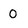
Character: 0